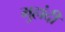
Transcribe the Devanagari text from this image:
मुहांदी